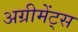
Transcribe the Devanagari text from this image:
अग्रीमेंट्स